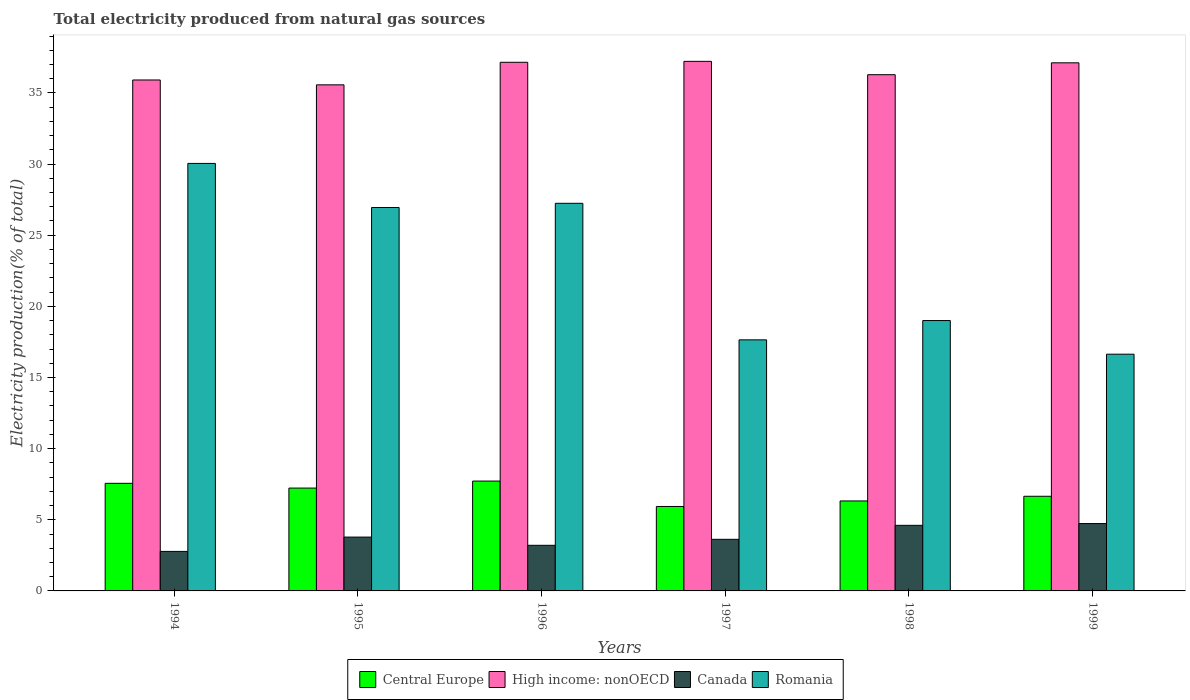
| Years | Central Europe | High income: nonOECD | Canada | Romania |
 | --- | --- | --- | --- | --- |
 | 1994 | 7.56 | 35.9 | 2.78 | 30 |
 | 1995 | 7.23 | 35.6 | 3.78 | 26.9 |
 | 1996 | 7.72 | 37.2 | 3.21 | 27.2 |
 | 1997 | 5.93 | 37.2 | 3.63 | 17.6 |
 | 1998 | 6.32 | 36.3 | 4.61 | 19 |
 | 1999 | 6.65 | 37.1 | 4.73 | 16.6 |